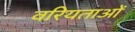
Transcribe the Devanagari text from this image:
वरियताओं